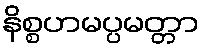
နိစ္စဟမပ္ပမတ္တာ